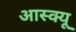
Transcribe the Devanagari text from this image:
आस्क्यू